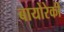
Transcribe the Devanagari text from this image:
बायोरेकी